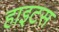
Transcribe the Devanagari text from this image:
हाइटस